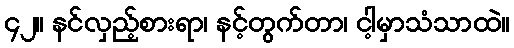
၄၂။ နင်လှည့်စားရာ၊ နင့်တွက်တာ၊ ငါ့မှာသံသာထဲ။